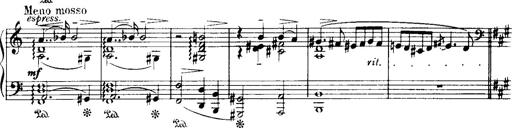
Title: Historische ungarische Bildnisse
Composer: Franz Liszt